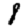
Digit: 8